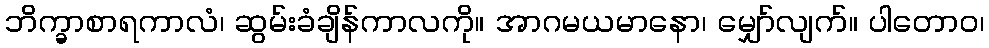
ဘိက္ခာစာရကာလံ၊ ဆွမ်းခံချိန်ကာလကို။ အာဂမယမာနော၊ မျှော်လျက်။ ပါတောဝ၊